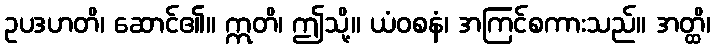
ဥပဒဟတိ၊ ဆောင်၏။ ဣတိ၊ ဤသို့။ ယံဝစနံ၊ အကြင်စကားသည်။ အတ္ထိ၊